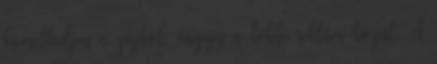
kiemelkedjen a zajból, vagyis a többi reklám közül. A